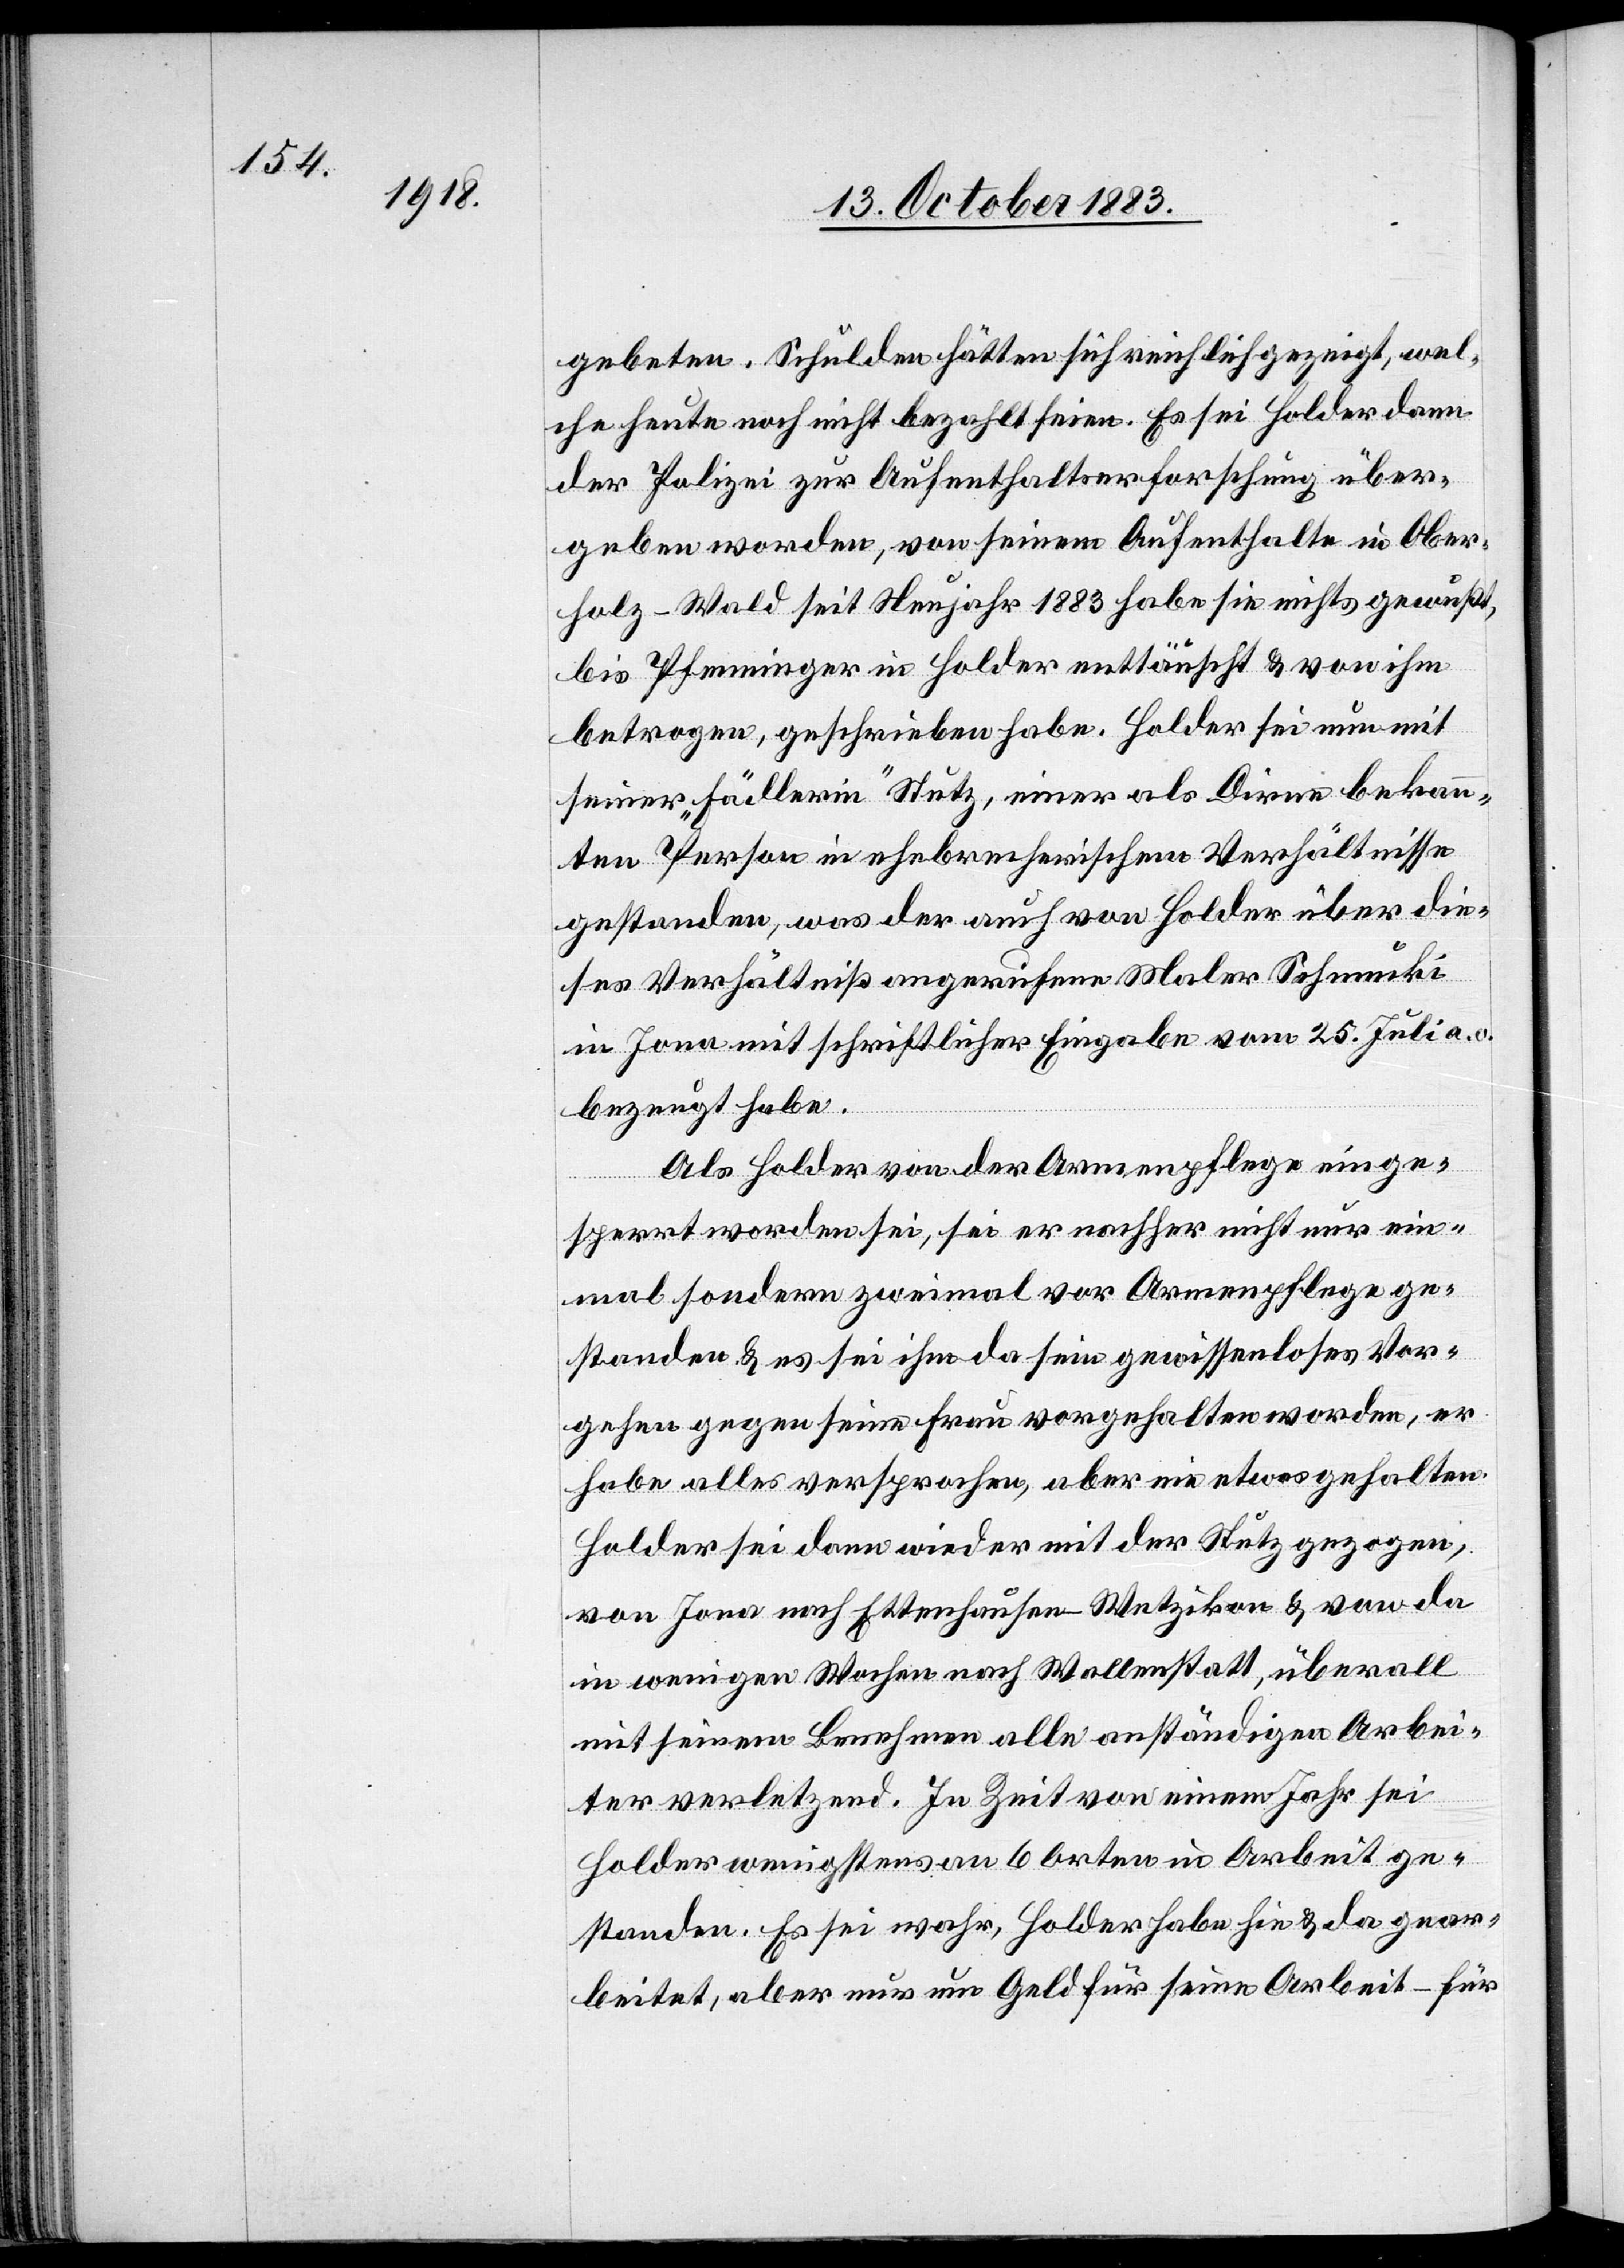
gebeten. Schulden hätten sich reichlich gezeigt, wel¬
che heute noch nicht bezahlt seien. Es sei Holder dann
der Polizei zur Aufenthaltserforschung über¬
geben worden, von seinem Aufenthalte in Ober¬
holz - Wald seit Neujahr 1883 habe sie nichts gewußt,
bis Pfenninger in Holder enttäuscht & von ihm
betrogen, geschrieben habe. Holder sei nun mit
seiner „Fädlerin“ Stutz, einer als Dirne bekann¬
ten Person in ehebrecherischem Verhältnisse
gestanden, was der auch von Holder über die¬
ses Verhältniß angerufene Maler Schmucki
in Jona mit schriftlicher Eingabe vom 25. Juli a. c.
bezeugt habe.
Als Holder von der Armenpflege einge¬
sperrt worden sei, sei er nachher nicht nur ein¬
mal sondern zweimal vor Armenpflege ge¬
standen & es sei ihm da sein gewissenloses Vor¬
gehen & gegen seine Frau vorgehalten worden, er
habe alles versprochen, aber nie etwas gehalten.
Holder sei dann wieder mit der Stutz gezogen,
von Jona nach Ettenhausen -Wetzikon & von da
in wenigen Wochen nach Wallenstatt, überall
mit seinem Benehmen alle anständigen Arbei¬
ter verletzend. In Zeit von einem Jahr sei
Holder wenigstens an 6 Orten in Arbeit ge¬
standen. Es sei wahr, Holder habe hie & da gear¬
beitet, aber nur um Geld für seine Arbeit – für